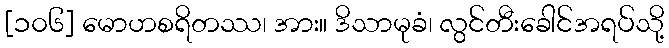
[၁၀၆] မောဟစရိတဿ၊ အား။ ဒိသာမုခံ၊ လွင်တီးခေါင်အရပ်သို့